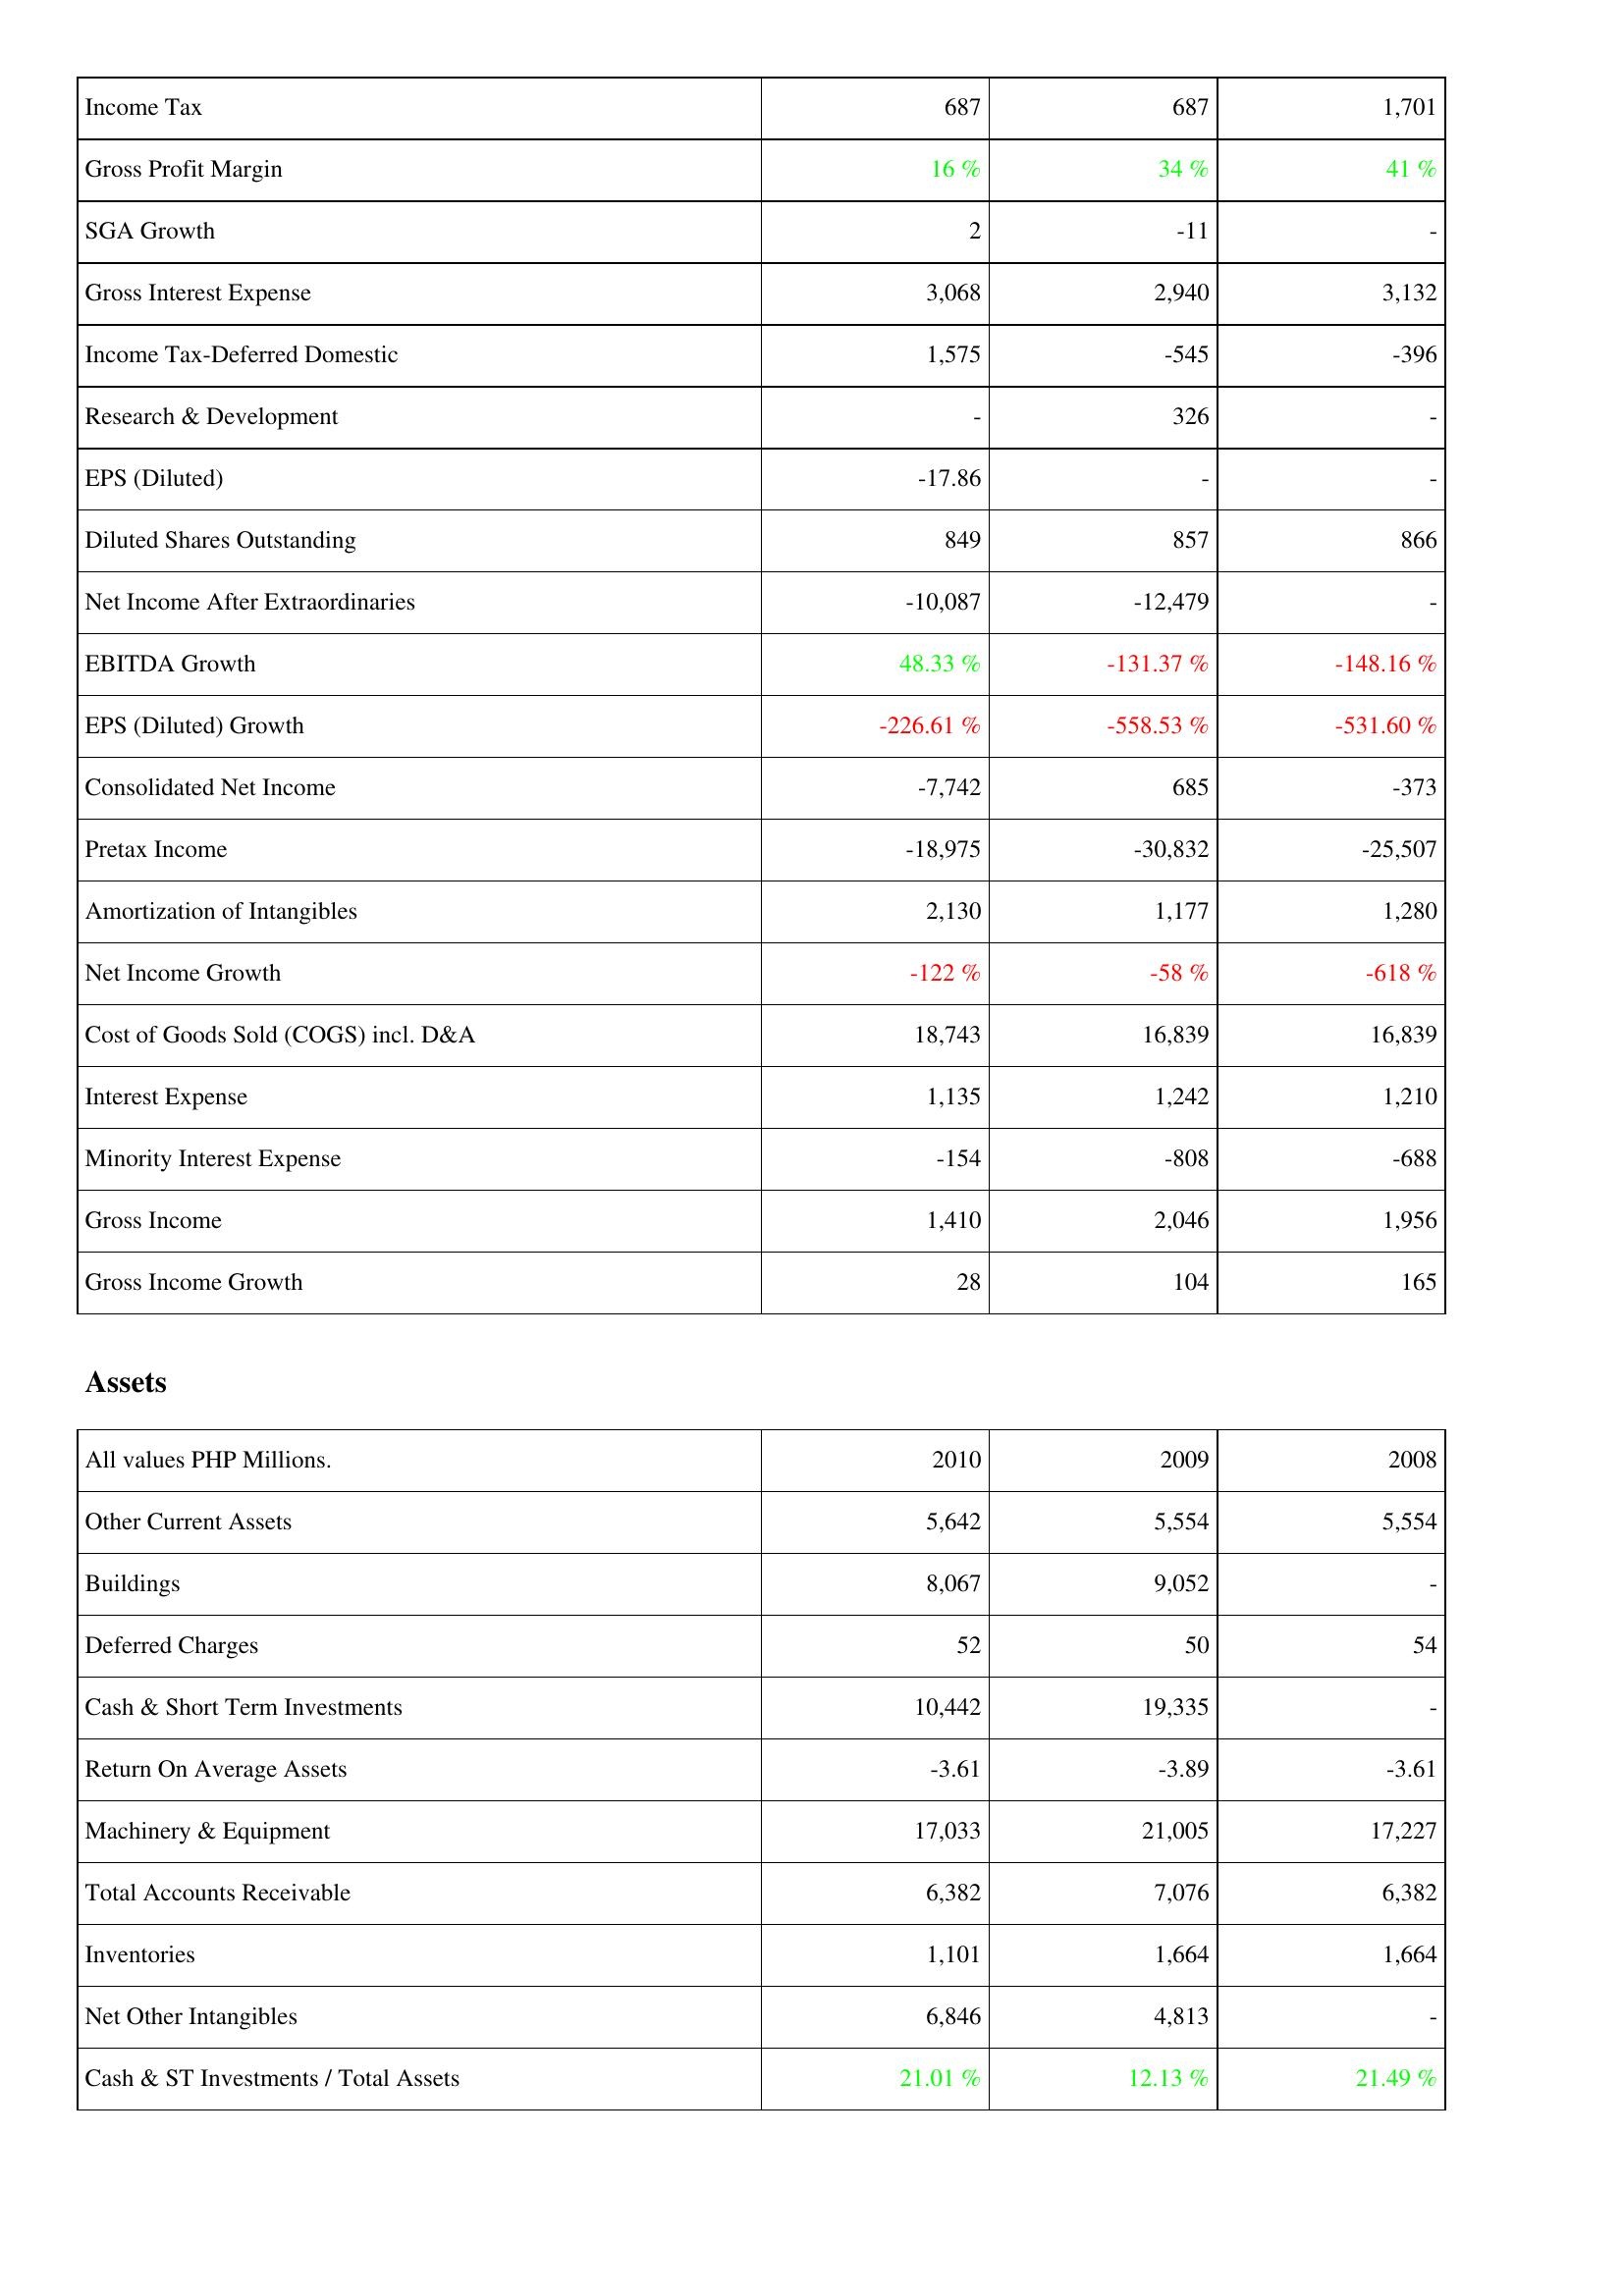
2010: Income Statement: Income Tax: 687
Gross Profit Margin: 16 %
SGA Growth: 2
Gross Interest Expense: 3,068
Income Tax-Deferred Domestic: 1,575
Research & Development: -
EPS (Diluted): -17.86
Diluted Shares Outstanding: 849
Net Income After Extraordinaries: -10,087
EBITDA Growth: 48.33 %
EPS (Diluted) Growth: -226.61 %
Consolidated Net Income: -7,742
Pretax Income: -18,975
Amortization of Intangibles: 2,130
Net Income Growth: -122 %
Cost of Goods Sold (COGS) incl. D&A: 18,743
Interest Expense: 1,135
Minority Interest Expense: -154
Gross Income: 1,410
Gross Income Growth: 28
Assets: Other Current Assets: 5,642
Buildings: 8,067
Deferred Charges: 52
Cash & Short Term Investments: 10,442
Return On Average Assets: -3.61
Machinery & Equipment: 17,033
Total Accounts Receivable: 6,382
Inventories: 1,101
Net Other Intangibles: 6,846
Cash & ST Investments / Total Assets: 21.01 %
2009: Income Statement: Income Tax: 687
Gross Profit Margin: 34 %
SGA Growth: -11
Gross Interest Expense: 2,940
Income Tax-Deferred Domestic: -545
Research & Development: 326
EPS (Diluted): -
Diluted Shares Outstanding: 857
Net Income After Extraordinaries: -12,479
EBITDA Growth: -131.37 %
EPS (Diluted) Growth: -558.53 %
Consolidated Net Income: 685
Pretax Income: -30,832
Amortization of Intangibles: 1,177
Net Income Growth: -58 %
Cost of Goods Sold (COGS) incl. D&A: 16,839
Interest Expense: 1,242
Minority Interest Expense: -808
Gross Income: 2,046
Gross Income Growth: 104
Assets: Other Current Assets: 5,554
Buildings: 9,052
Deferred Charges: 50
Cash & Short Term Investments: 19,335
Return On Average Assets: -3.89
Machinery & Equipment: 21,005
Total Accounts Receivable: 7,076
Inventories: 1,664
Net Other Intangibles: 4,813
Cash & ST Investments / Total Assets: 12.13 %
2008: Income Statement: Income Tax: 1,701
Gross Profit Margin: 41 %
SGA Growth: -
Gross Interest Expense: 3,132
Income Tax-Deferred Domestic: -396
Research & Development: -
EPS (Diluted): -
Diluted Shares Outstanding: 866
Net Income After Extraordinaries: -
EBITDA Growth: -148.16 %
EPS (Diluted) Growth: -531.60 %
Consolidated Net Income: -373
Pretax Income: -25,507
Amortization of Intangibles: 1,280
Net Income Growth: -618 %
Cost of Goods Sold (COGS) incl. D&A: 16,839
Interest Expense: 1,210
Minority Interest Expense: -688
Gross Income: 1,956
Gross Income Growth: 165
Assets: Other Current Assets: 5,554
Buildings: -
Deferred Charges: 54
Cash & Short Term Investments: -
Return On Average Assets: -3.61
Machinery & Equipment: 17,227
Total Accounts Receivable: 6,382
Inventories: 1,664
Net Other Intangibles: -
Cash & ST Investments / Total Assets: 21.49 %